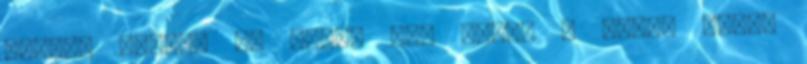
kivéve akkor, ha távol áll tőlem a téma, nincs